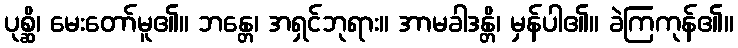
ပုစ္ဆိ၊ မေးတော်မူ၏။ ဘန္တေ၊ အရှင်ဘုရား။ အာမခါဒန္တိ၊ မှန်ပါ၏။ ခဲကြကုန်၏။